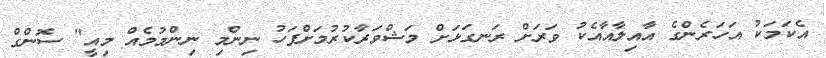
އެކަމަކު އަހަރެންގެ އާއިލާއާއެކު ވަރަށް ރަނގަޅަށް މަޝްވަރާކުރުމަށްފަހު ނިންމި ނިންމުމެއް މިއީ" ސޮންގް